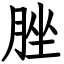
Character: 脞